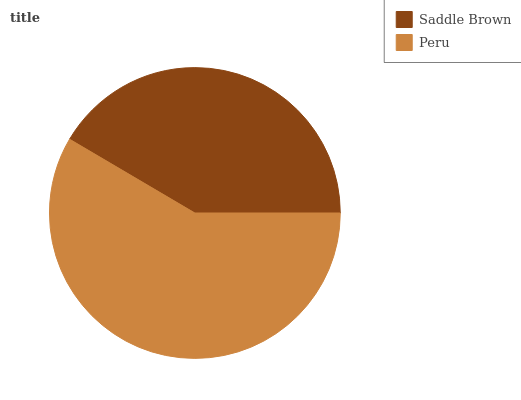
| Saddle Brown | Peru |
 | --- | --- |
 | 41.6% | 58.4% |